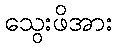
သွေးဖိအား